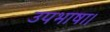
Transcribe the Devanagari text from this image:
उपभाषा।